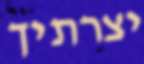
יצרתיך